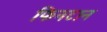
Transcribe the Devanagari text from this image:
फिनटान